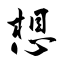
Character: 想